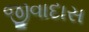
જીવાદાસ